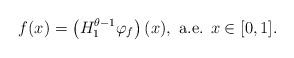
LaTeX: \begin{align*}f(x)=\left(H_1^{\theta-1} \varphi_f\right)(x),\mbox{ a.e. } x\in [0,1].\end{align*}